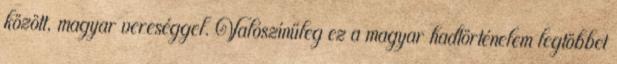
között, magyar vereséggel. Valószínűleg ez a magyar hadtörténelem legtöbbet